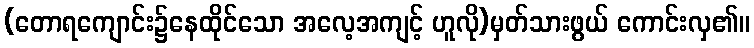
(တောရကျောင်း၌နေထိုင်သော အလေ့အကျင့် ဟူလို)မှတ်သားဖွယ် ကောင်းလှ၏။